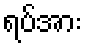
ရပ်အား